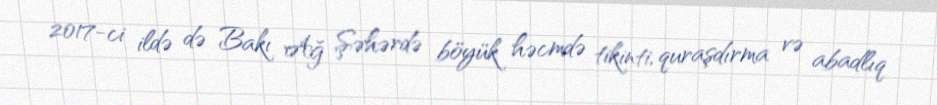
2017-ci ildə də Bakı Ağ Şəhərdə böyük həcmdə tikinti, quraşdırma və abadlıq